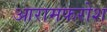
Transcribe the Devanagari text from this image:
आरामफरोश